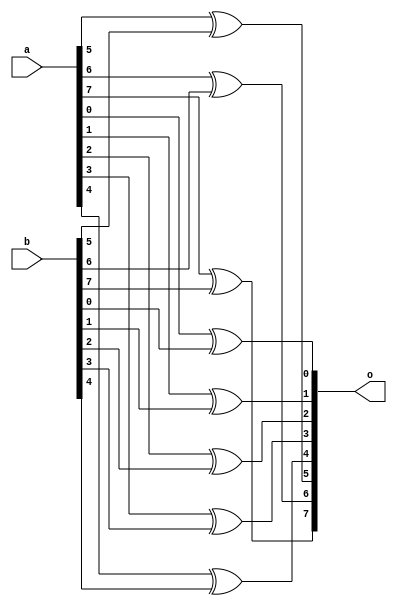
module xorgate(o,a,b);
	input [7:0] a;
	input [7:0] b;
	output wire [7:0] o;
xor xor1(o[0],a[0],b[0]);
xor xor2(o[1],a[1],b[1]);
xor xor3(o[2],a[2],b[2]);
xor xor4(o[3],a[3],b[3]);
xor xor5(o[4],a[4],b[4]);
xor xor6(o[5],a[5],b[5]);
xor xor7(o[6],a[6],b[6]);
xor xor8(o[7],a[7],b[7]);
	

endmodule